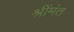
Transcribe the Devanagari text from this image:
श्रींमंत